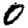
Digit: 0